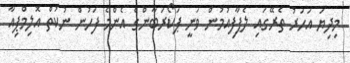
މިދިޔަ އަހަރު ތެރޭގައި ލެޕާފިއުމުން ވަނީ ޕަކޯރަބާންގެ އެންމެ ފަހުން ނުކުތް އޮލިމްޕިއާ